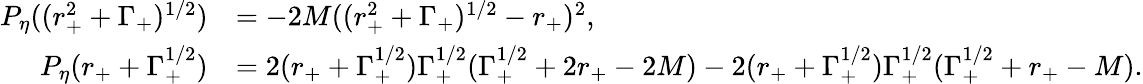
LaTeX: \begin{array}{rl}{P_{\eta}((r_{+}^{2}+\Gamma_{+})^{1/2})}&{=-2M((r_{+}^{2}+\Gamma_{+})^{1/2}-r_{+})^{2},}\\ {P_{\eta}(r_{+}+\Gamma_{+}^{1/2})}&{=2(r_{+}+\Gamma_{+}^{1/2})\Gamma_{+}^{1/2}(\Gamma_{+}^{1/2}+2r_{+}-2M)-2(r_{+}+\Gamma_{+}^{1/2})\Gamma_{+}^{1/2}(\Gamma_{+}^{1/2}+r_{+}-M).}\end{array}